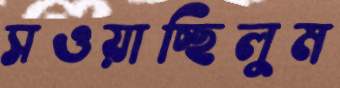
সওয়াচ্ছিলুম